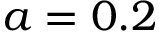
a = 0 . 2